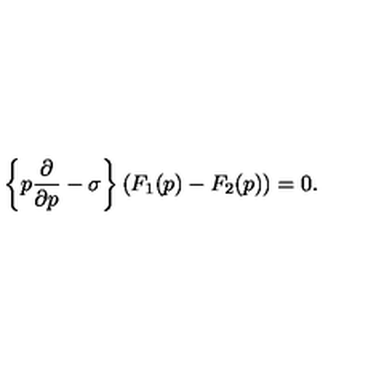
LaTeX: \left\{ p \frac { \partial } { \partial p } - \sigma \right\} \left( F _ { 1 } ( p ) - F _ { 2 } ( p ) \right) = 0 .